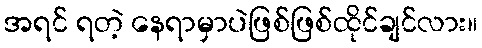
အရင် ရတဲ့ နေရာမှာပဲဖြစ်ဖြစ်ထိုင်ချင်လား။